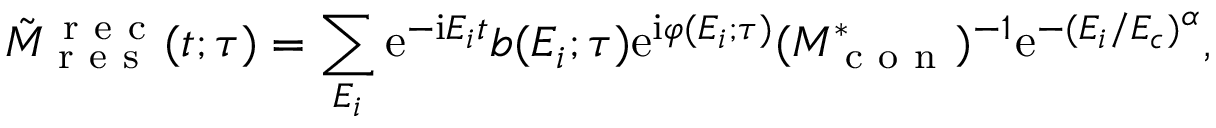
\tilde { M } _ { \mathrm { ~ r ~ e ~ s ~ } } ^ { \mathrm { ~ r ~ e ~ c ~ } } ( t ; \tau ) = \sum _ { E _ { i } } \mathrm e ^ { - \mathrm i E _ { i } t } b ( E _ { i } ; \tau ) \mathrm e ^ { \mathrm i \varphi ( E _ { i } ; \tau ) } ( M _ { \mathrm { ~ c ~ o ~ n ~ } } ^ { * } ) ^ { - 1 } \mathrm e ^ { - ( E _ { i } / E _ { c } ) ^ { \alpha } } ,